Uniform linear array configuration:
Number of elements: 16
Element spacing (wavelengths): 0.75
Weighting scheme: binomial
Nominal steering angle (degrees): -45
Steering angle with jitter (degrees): -44.669
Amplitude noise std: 0.05
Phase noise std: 0.05

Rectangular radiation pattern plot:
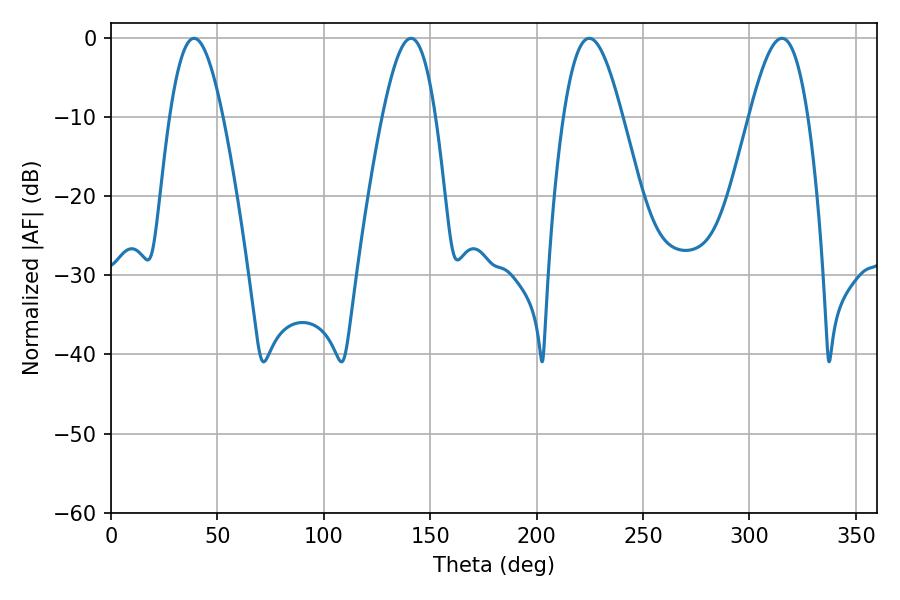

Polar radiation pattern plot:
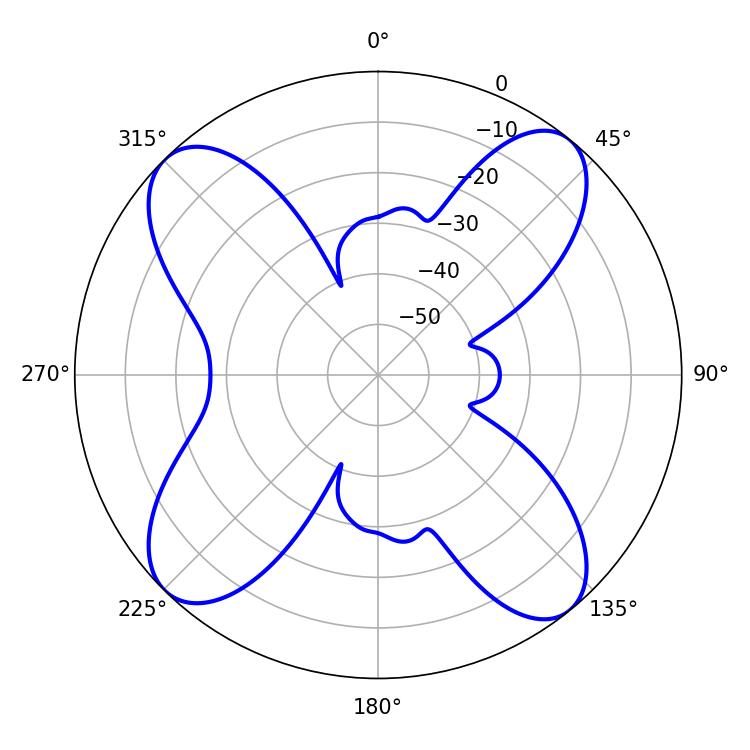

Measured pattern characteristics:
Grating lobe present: TRUE
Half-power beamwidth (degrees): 13.5
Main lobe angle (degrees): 39.06